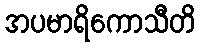
အပမာရိကောသီတိ